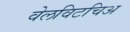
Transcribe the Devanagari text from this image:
वेलविटचिअ